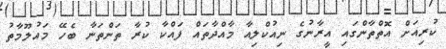
ކުރިއަށް އޮތްތާންގައި އީރާނުގެ ނިއުކްލިއާ މާއްދާތައް ފައްކާ ކުރާ ތަންތަނާ ބެހޭ މައުލޫމާތު